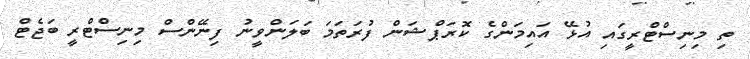
ތި މިނިސްޓްރީގައި އުޅޭ އައިމަންގެ ކޮރަޕްޝަން ފުރަތަމަ ބަލަންވީނު ފިނޭންސް މިނިސްޓްރީ ބަޖެޓް